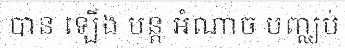
បាន ឡើង បន្ត អំណាច បញ្ឈប់